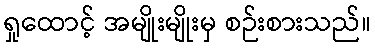
ရှုထောင့် အမျိုးမျိုးမှ စဉ်းစားသည်။